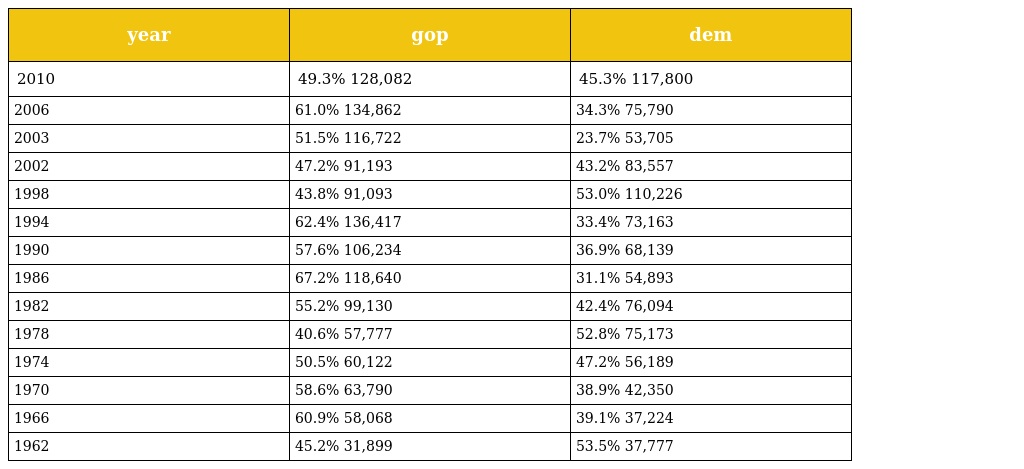
| year | gop | dem |
 | --- | --- | --- |
 | 2010 | 49.3% 128,082 | 45.3% 117,800 |
 | 2006 | 61.0% 134,862 | 34.3% 75,790 |
 | 2003 | 51.5% 116,722 | 23.7% 53,705 |
 | 2002 | 47.2% 91,193 | 43.2% 83,557 |
 | 1998 | 43.8% 91,093 | 53.0% 110,226 |
 | 1994 | 62.4% 136,417 | 33.4% 73,163 |
 | 1990 | 57.6% 106,234 | 36.9% 68,139 |
 | 1986 | 67.2% 118,640 | 31.1% 54,893 |
 | 1982 | 55.2% 99,130 | 42.4% 76,094 |
 | 1978 | 40.6% 57,777 | 52.8% 75,173 |
 | 1974 | 50.5% 60,122 | 47.2% 56,189 |
 | 1970 | 58.6% 63,790 | 38.9% 42,350 |
 | 1966 | 60.9% 58,068 | 39.1% 37,224 |
 | 1962 | 45.2% 31,899 | 53.5% 37,777 |